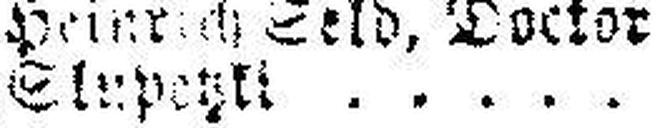
Slupetzki